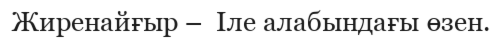
Жиренайғыр –  Іле алабындағы өзен.